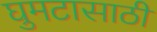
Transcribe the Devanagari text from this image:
घुमटासाठी